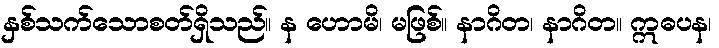
နှစ်သက်သောစတ်ရှိသည်။ န ဟောမိ၊ မဖြစ်။ နာဂိတ၊ နာဂိတ။ ဣဓပန၊